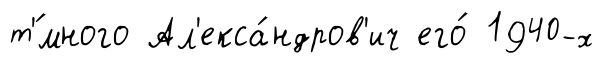
т'́много Ал'екса́ндров'ич его́ 1940-х